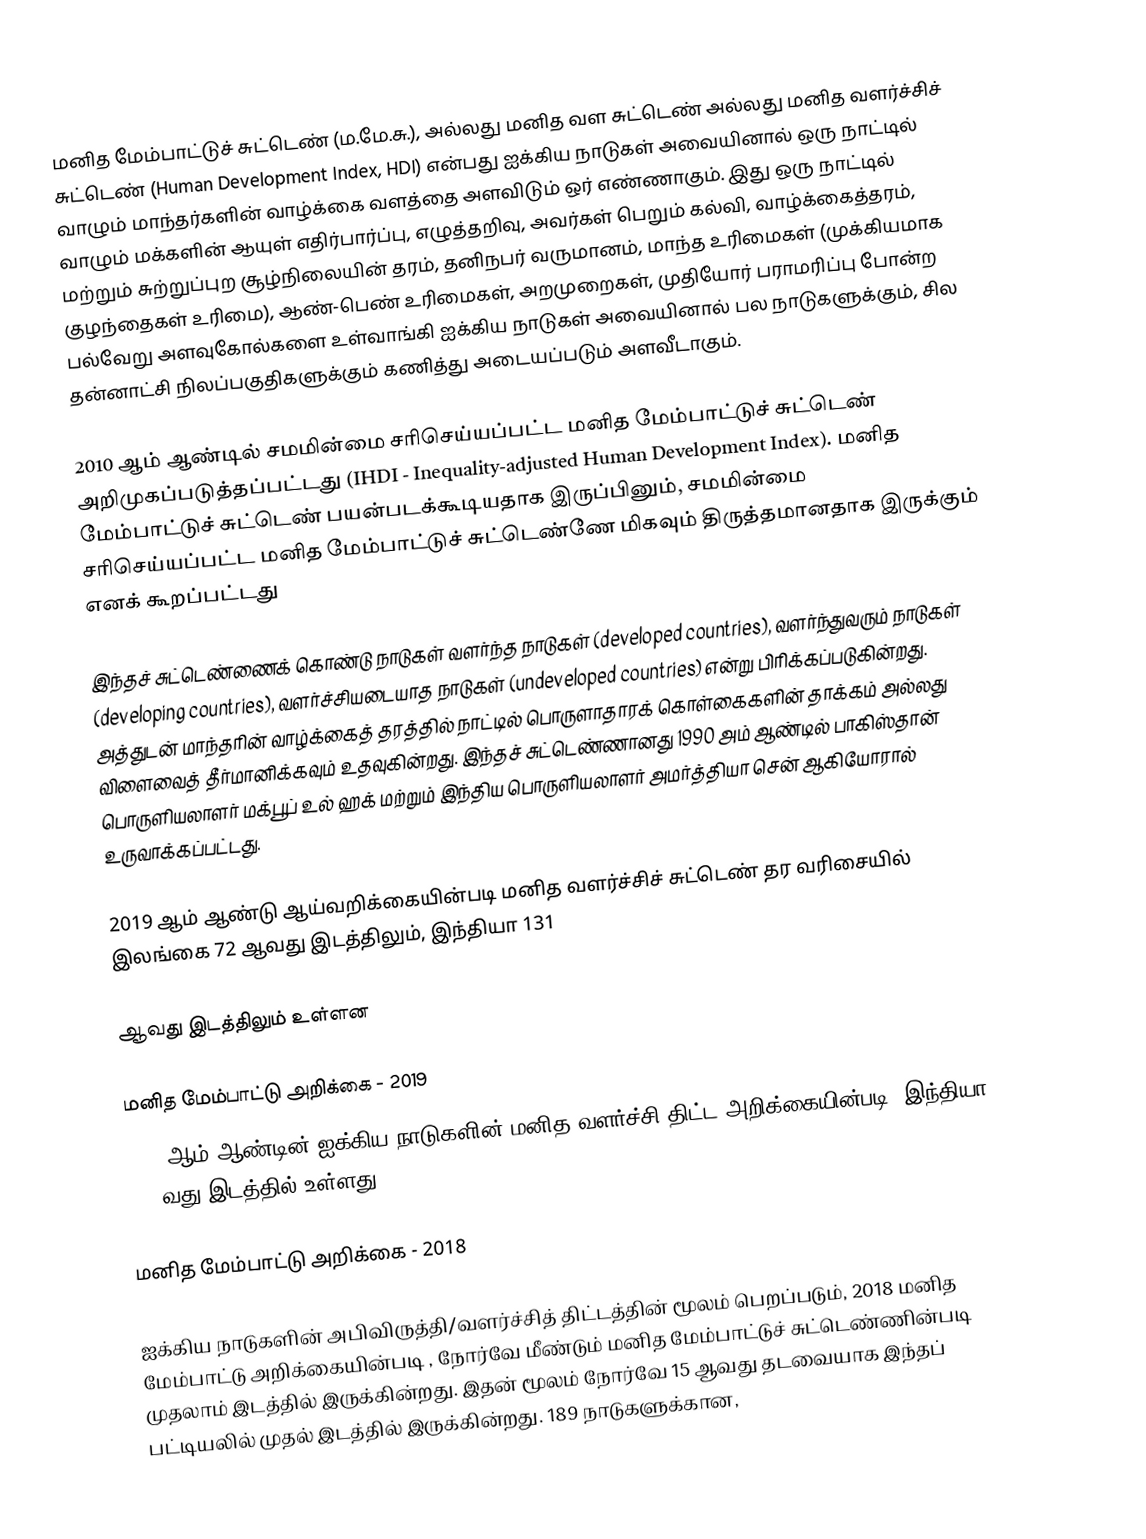
மனித மேம்பாட்டுச் சுட்டெண் (ம.மே.சு.), அல்லது மனித வள சுட்டெண் அல்லது மனித வளர்ச்சிச் சுட்டெண் (Human Development Index, HDI) என்பது ஐக்கிய நாடுகள் அவையினால் ஒரு நாட்டில் வாழும் மாந்தர்களின் வாழ்க்கை வளத்தை அளவிடும் ஒர் எண்ணாகும். இது ஒரு நாட்டில் வாழும் மக்களின் ஆயுள் எதிர்பார்ப்பு, எழுத்தறிவு, அவர்கள் பெறும் கல்வி, வாழ்க்கைத்தரம், மற்றும் சுற்றுப்புற சூழ்நிலையின் தரம், தனிநபர் வருமானம், மாந்த உரிமைகள் (முக்கியமாக குழந்தைகள் உரிமை), ஆண்-பெண் உரிமைகள், அறமுறைகள், முதியோர் பராமரிப்பு போன்ற பல்வேறு அளவுகோல்களை உள்வாங்கி ஐக்கிய நாடுகள் அவையினால் பல நாடுகளுக்கும், சில தன்னாட்சி நிலப்பகுதிகளுக்கும் கணித்து அடையப்படும் அளவீடாகும்.

2010 ஆம் ஆண்டில் சமமின்மை சரிசெய்யப்பட்ட மனித மேம்பாட்டுச் சுட்டெண் அறிமுகப்படுத்தப்பட்டது (IHDI - Inequality-adjusted Human Development Index). மனித மேம்பாட்டுச் சுட்டெண் பயன்படக்கூடியதாக இருப்பினும், சமமின்மை சரிசெய்யப்பட்ட மனித மேம்பாட்டுச் சுட்டெண்ணே மிகவும் திருத்தமானதாக இருக்கும் எனக் கூறப்பட்டது

இந்தச் சுட்டெண்ணைக் கொண்டு நாடுகள் வளர்ந்த நாடுகள் (developed countries), வளர்ந்துவரும் நாடுகள் (developing countries), வளர்ச்சியடையாத நாடுகள் (undeveloped countries) என்று பிரிக்கப்படுகின்றது. அத்துடன் மாந்தரின் வாழ்க்கைத் தரத்தில் நாட்டில் பொருளாதாரக் கொள்கைகளின் தாக்கம் அல்லது விளைவைத் தீர்மானிக்கவும் உதவுகின்றது. இந்தச் சுட்டெண்ணானது 1990 அம் ஆண்டில் பாகிஸ்தான் பொருளியலாளர் மக்பூப் உல் ஹக் மற்றும் இந்திய பொருளியலாளர் அமர்த்தியா சென் ஆகியோரால் உருவாக்கப்பட்டது.

2019 ஆம் ஆண்டு ஆய்வறிக்கையின்படி மனித வளர்ச்சிச் சுட்டெண் தர வரிசையில் இலங்கை 72 ஆவது இடத்திலும், இந்தியா 131

ஆவது இடத்திலும் உள்ளன

மனித மேம்பாட்டு அறிக்கை - 2019
2019-ஆம் ஆண்டின் ஐக்கிய நாடுகளின் மனித வளர்ச்சி திட்ட அறிக்கையின்படி, இந்தியா  129-வது இடத்தில் உள்ளது.

மனித மேம்பாட்டு அறிக்கை - 2018

ஐக்கிய நாடுகளின் அபிவிருத்தி/வளர்ச்சித் திட்டத்தின்  மூலம் பெறப்படும், 2018 மனித மேம்பாட்டு அறிக்கையின்படி , நோர்வே மீண்டும் மனித மேம்பாட்டுச் சுட்டெண்ணின்படி முதலாம் இடத்தில் இருக்கின்றது. இதன் மூலம் நோர்வே 15 ஆவது தடவையாக இந்தப் பட்டியலில் முதல் இடத்தில் இருக்கின்றது. 189 நாடுகளுக்கான,